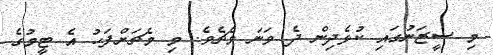
މި ސީޒަނުގައި ކުޅެދިން ދެ ވަނަ މެޗެވެ. މި މެޗަށްފަހު އެ ޓީމުގެ